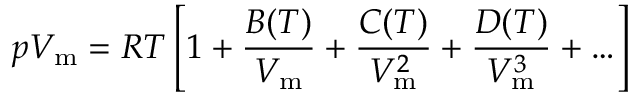
p V _ { \mathrm { m } } = R T \left[ 1 + { \frac { B ( T ) } { V _ { \mathrm { m } } } } + { \frac { C ( T ) } { V _ { \mathrm { m } } ^ { 2 } } } + { \frac { D ( T ) } { V _ { \mathrm { m } } ^ { 3 } } } + \ldots \right]